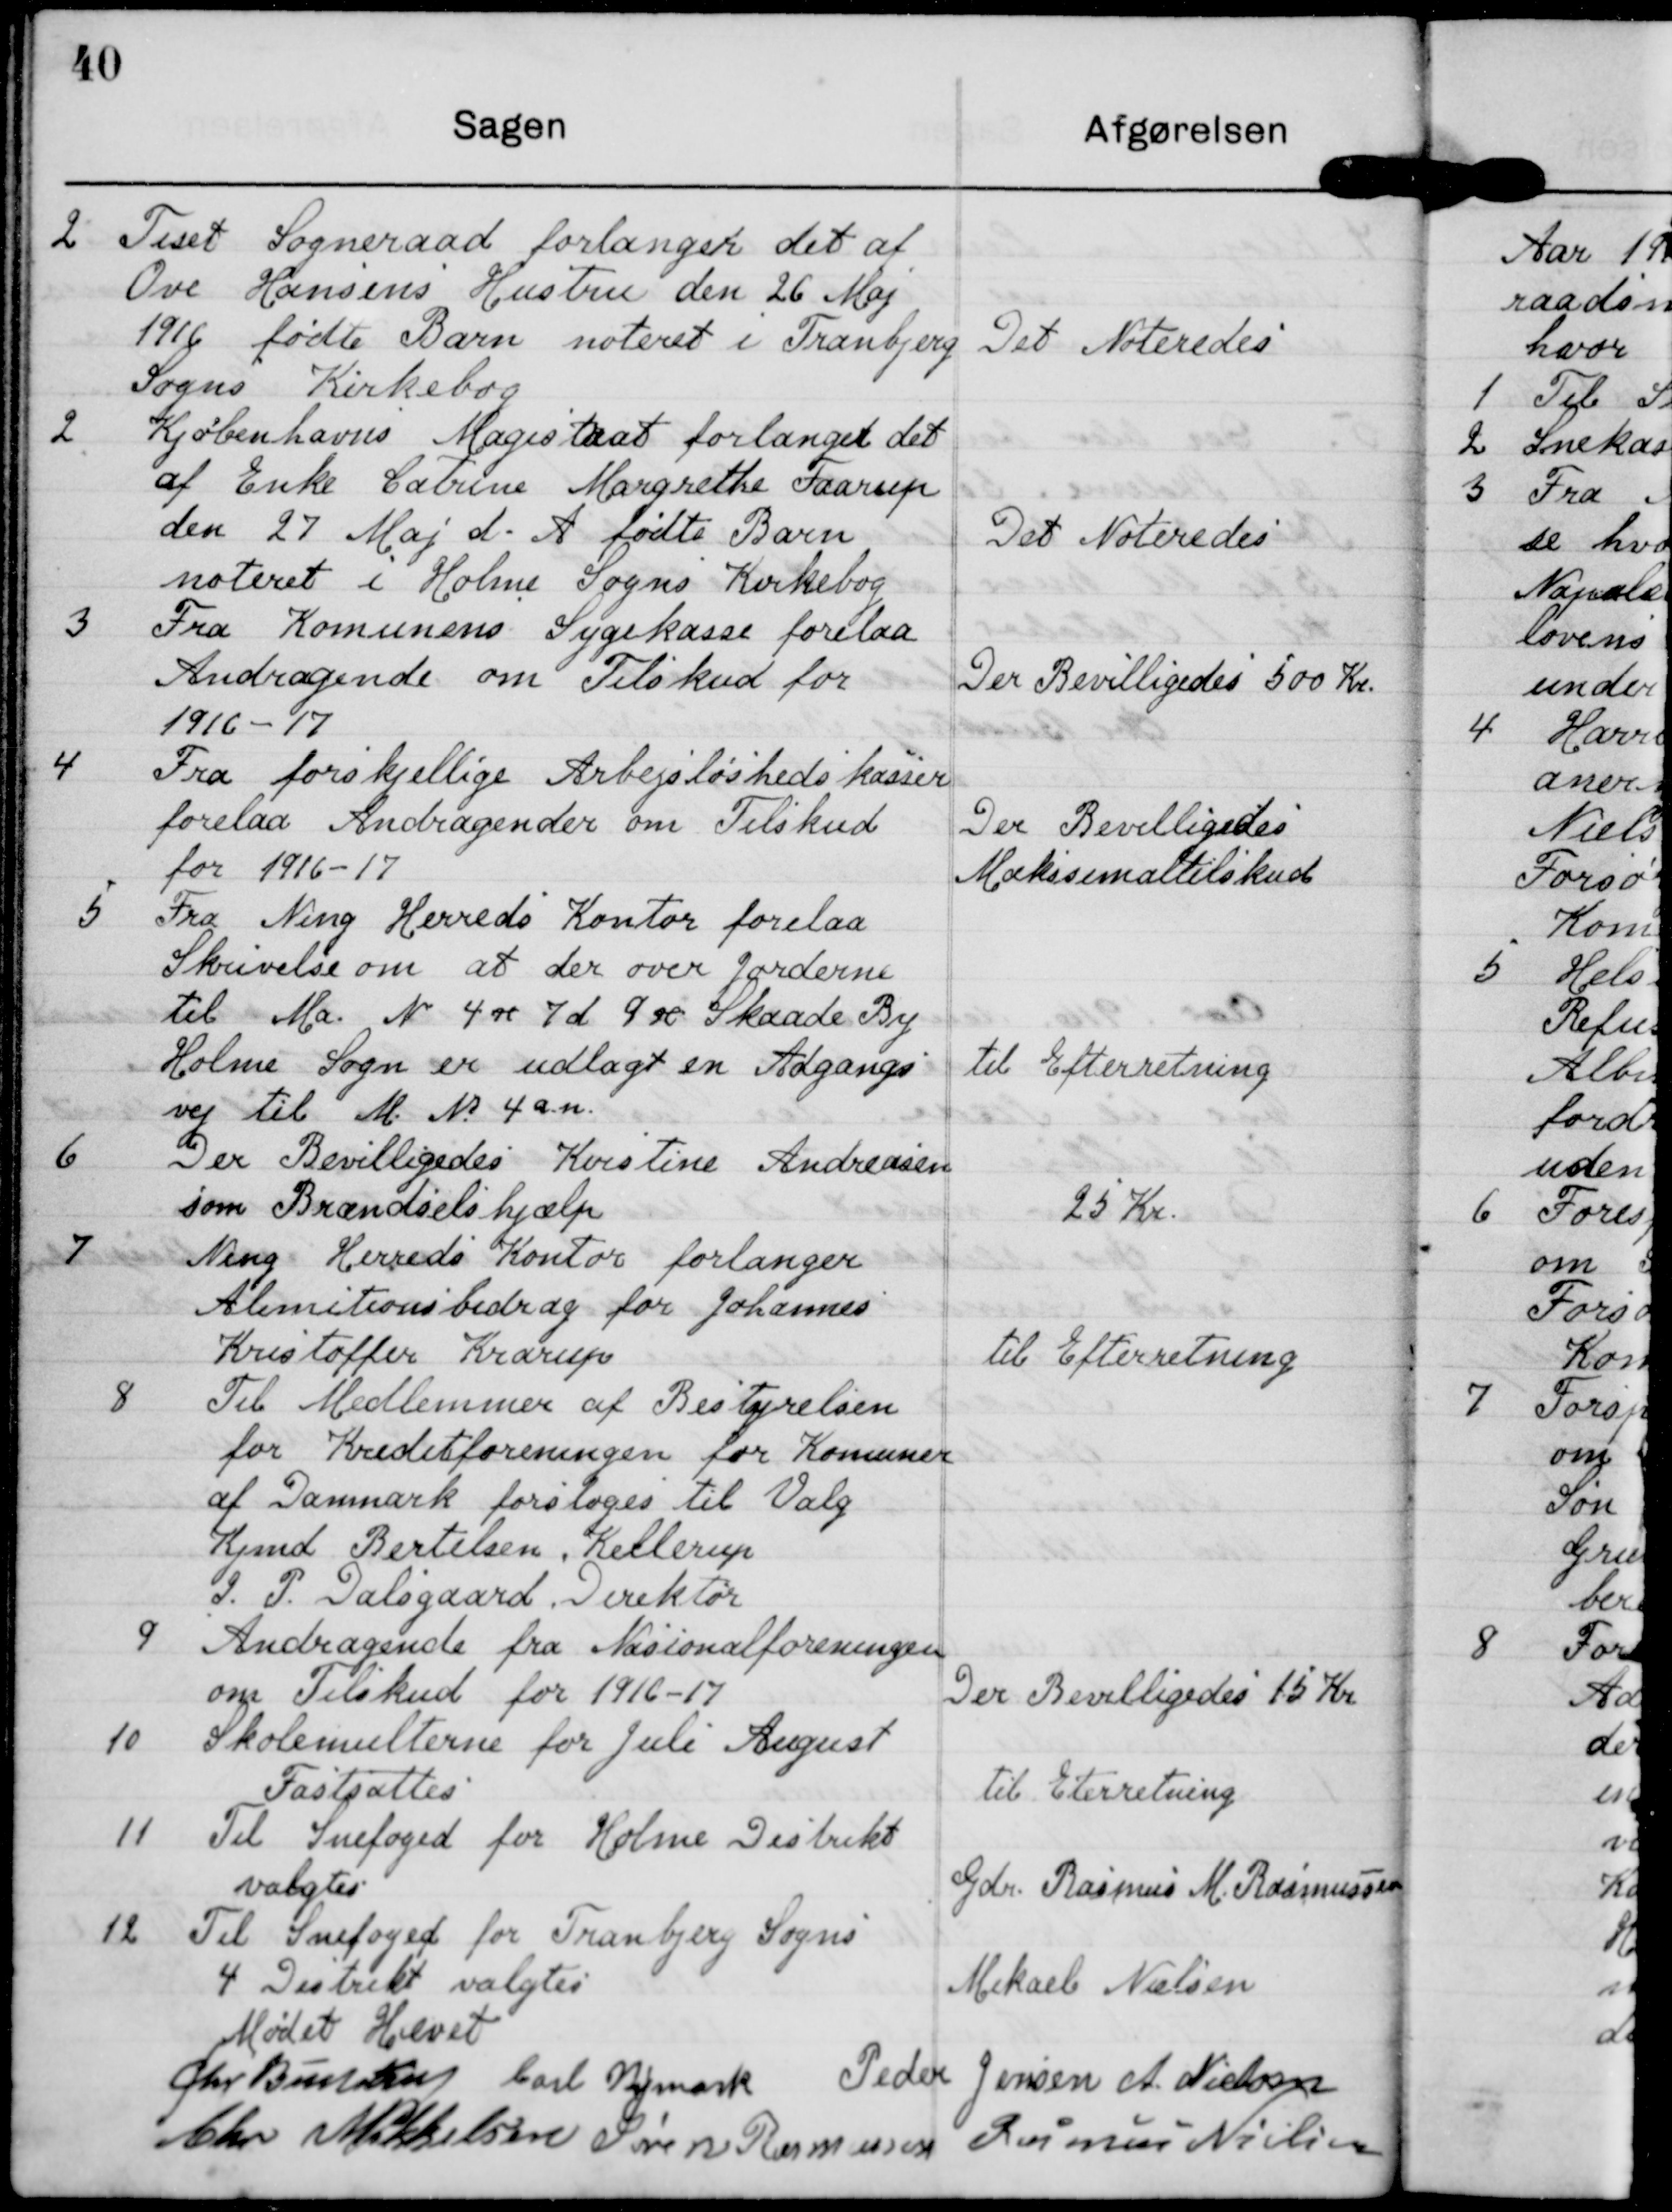
Transskription:
2 Tiset Sogneraad forlanger det af
Ove Hansens Hustu den 26 Maj
1916 fødte Barn noteret i Tranbjerg
Sogns Kirkebog

Det Noteredes

2 Kjøbenhavns Magestaas forlanget det
af Enke Cabrine Margrethe Faarup
den 27 Maj d. A. fødte Baen
noteret i Holme Sogns Kirkebog

Det Noteredes

3 Fra Komunens Sygekasse forelaa
Andragende om Tilskud for
1916 - 17

Der Bevilligedes 500 Kr.

4 Frra forskjellige Arbejsløshedskassern
forelaa Andragender om Tilskud
for 1916-17

Der Bevilligedes
Makssemaltilskud

5. Fra Ning Herreds Kontor forelaa
Skrivelse om at der over Jorderne
til Ma N. 400 7d 900 Skaade By
Holme Sogn er udlagt en Adgangs
vej til M. N 4 an.

Til Efterretning

6 Der Bevilligedes Kvistine Andreasen
som Brændselshjælp

253 Kr.

J Ning Herreds Kontor forlanger
Alimitionsbidrag for Johannes
Krestoffer Kedrup

til Efterretning

8. Til Medlemmer af Bestyrelsen
for Bedikforeningen for Komune
af Danmark forsloges til Valg
Knmd Bertelsen, Hellerup
P. P. Valsgaard, Firektør

9 Andragende fra Nasionalforeningen
om Tilskud for 1916-17

Der Bevilligedes 15 Kr

10 Skolemælterne for Juli August
Fastsættes

Til Eterretning

11 Til Snefoged for Holme Distrikt
valgtes

Gdr. Rasmus M Rasmussen

12 Til Snefoged for Tranbjerg Sogns
4 Distrikt valgtes

Mikaele Nielsen

Mødet Hævet

Peder Jensen

A. Nielsen

bart Bymark

Chr Budee

Chr Mikkelsen

Sren Rasmussen

Rasmus Nielsen